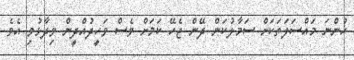
ހުންނަ މައްސަލަތަކަށް ސަމާލުކަން ދޭން ޖެހޭ ކަމަށް ވެސް ވަހީދުއްދީން ވިދާޅުވި އެވެ.